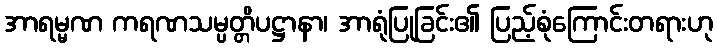
အာရမ္မဏ ကရဏသမ္ပတ္တိပဋ္ဌာနာ၊ အာရုံပြုခြင်း၏ ပြည့်စုံကြောင်းတရားဟု